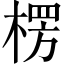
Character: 楞